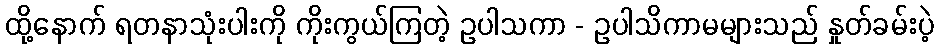
ထို့နောက် ရတနာသုံးပါးကို ကိုးကွယ်ကြတဲ့ ဥပါသကာ - ဥပါသိကာမများသည် နှုတ်ခမ်းပဲ့